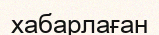
хабарлаған